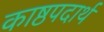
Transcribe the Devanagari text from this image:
काष्ठपदार्थ